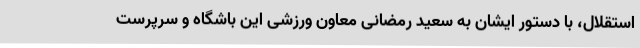
استقلال، با دستور ایشان به سعید رمضانی معاون ورزشی این باشگاه و سرپرست